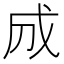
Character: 𢦓